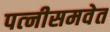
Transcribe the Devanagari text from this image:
पत्‍नीसमवेत